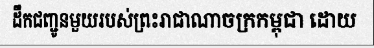
ដឹកជញ្ជូនមួយរបស់ព្រះរាជាណាចក្រកម្ពុជា ដោយ